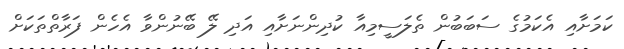
ކަމަށާއި އެކަމުގެ ސަބަބުން ތެލަސީމިއާ ކުދިންނަށާއި އަދި ލޭ ބޭނުންވާ އެހެން ފަރާތްތަކަށް